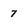
Character: 7